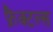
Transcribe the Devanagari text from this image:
फ्रैक्टल्स